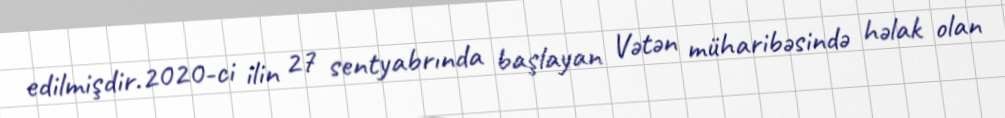
edilmişdir.2020-ci ilin 27 sentyabrında başlayan Vətən müharibəsində həlak olan